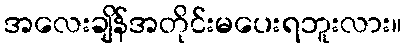
အလေးချိန်အတိုင်းမပေးရဘူးလား။